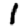
Digit: 1